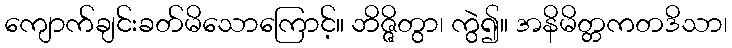
ကျောက်ချင်းခတ်မိသောကြောင့်။ ဘိဇ္ဇိတွာ၊ ကွဲ၍။ အနိမိတ္တကတဒိသာ၊